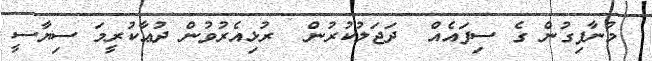
މުނާފިގުން ގެ ސިފައެއް  ދަޖަލުކުރުން  ރުޅިއެރުވުން ދުޢާކުރީމަ ސިޔާސީ